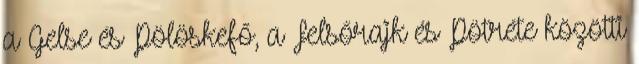
a Gelse és Pölöskefő, a Felsőrajk és Pötréte közötti